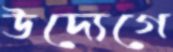
উদ্যেগে